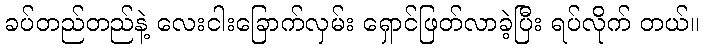
ခပ်တည်တည်နဲ့ လေးငါးခြောက်လှမ်း ရှောင်ဖြတ်လာခဲ့ပြီး ရပ်လိုက် တယ်။